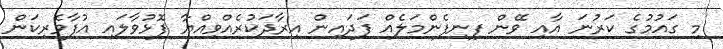
މި ގައުމުގެ ކަރުނަ އާއި ވޭން ފިނިފެންމަލެއް ފަދައިން އިރާދަކުރެއްވިއްޔާ ފޮޅުވާލައި އުފާވެރިކަން